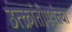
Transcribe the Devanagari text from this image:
उत्क्रांतीपर्यंतचा